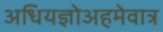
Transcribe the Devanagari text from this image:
अधियज्ञोअहमेवात्र